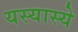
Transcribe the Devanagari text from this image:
यस्यास्ये